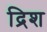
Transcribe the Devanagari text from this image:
द्रिश